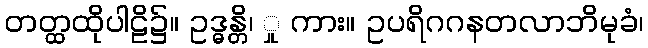
တတ္ထထိုပါဠိ၌။ ဥဒ္ဓန္တိ၊ ှု ကား။ ဥပရိဂဂနတလာဘိမုခံ၊